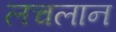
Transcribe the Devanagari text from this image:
लचलान